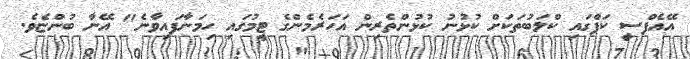
އޭއެފްސީ ކަޕްގައި ކްލަބުތަކަށް ކުޅުނު ކުޅުންތެރިން އަހަރެމެންގެ ޓީމުގައި ހިމަނާފައިވާނެ" އޭނާ ބުންޏެވެ.